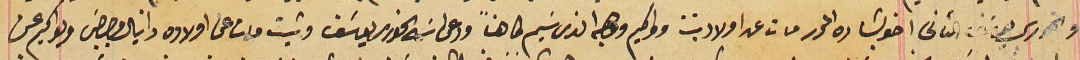
والخوري يوسَف الثانى اخو بشاره المحرر مات عن اولاد بنت وواكيم وهبه الذى سَيم كاهناً ودعى اسَمه الخورى يوسَف وشيت مات عن اولاده دانيال وبصيبصَ ويواكيم عن